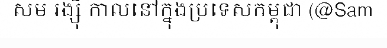
សម រង្ស៊ី កាលនៅក្នុងប្រទេសកម្ពុជា (@Sam